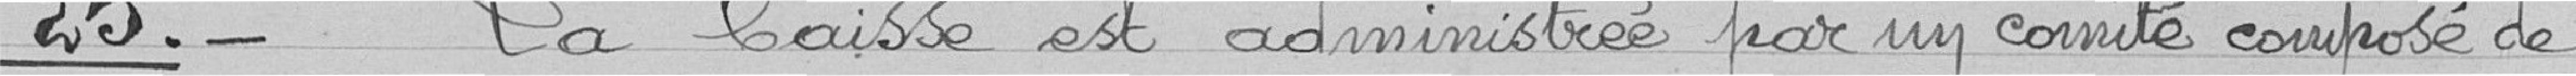
25 .- La Caisse est administrée par un comité composé de